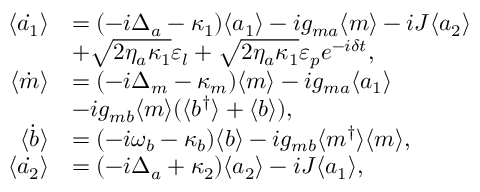
\begin{array} { r l } { \langle \dot { a _ { 1 } } \rangle } & { = ( - i \Delta _ { a } - \kappa _ { 1 } ) \langle a _ { 1 } \rangle - i g _ { m a } \langle m \rangle - i J \langle a _ { 2 } \rangle } \\ & { + \sqrt { 2 \eta _ { a } \kappa _ { 1 } } \varepsilon _ { l } + \sqrt { 2 \eta _ { a } \kappa _ { 1 } } \varepsilon _ { p } e ^ { - i \delta t } , } \\ { \langle \dot { m } \rangle } & { = ( - i \Delta _ { m } - \kappa _ { m } ) \langle m \rangle - i g _ { m a } \langle a _ { 1 } \rangle } \\ & { - i g _ { m b } \langle m \rangle ( \langle b ^ { \dagger } \rangle + \langle b \rangle ) , } \\ { \langle \dot { b } \rangle } & { = ( - i \omega _ { b } - \kappa _ { b } ) \langle b \rangle - i g _ { m b } \langle m ^ { \dagger } \rangle \langle m \rangle , } \\ { \langle \dot { a _ { 2 } } \rangle } & { = ( - i \Delta _ { a } + \kappa _ { 2 } ) \langle a _ { 2 } \rangle - i J \langle a _ { 1 } \rangle , } \end{array}